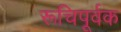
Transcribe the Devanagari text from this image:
रूचिपूर्वक